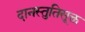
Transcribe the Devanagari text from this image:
दानस्तुतिसूक्त